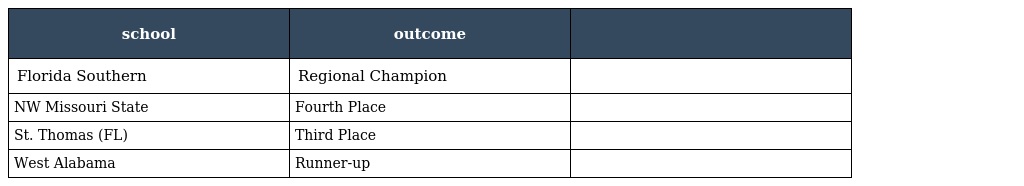
| school | outcome |  |
 | --- | --- | --- |
 | Florida Southern | Regional Champion |  |
 | NW Missouri State | Fourth Place |  |
 | St. Thomas (FL) | Third Place |  |
 | West Alabama | Runner-up |  |